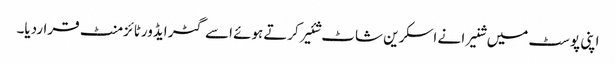
اپنی پوسٹ میں شنیرا نے اسکرین شاٹ شئیر کرتےہوئے اسے گٹر ایڈورٹائزمنٹ قراردیا۔